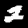
Digit: 2